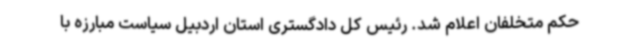
حکم متخلفان اعلام شد. رئیس کل دادگستری استان اردبیل سیاست مبارزه با